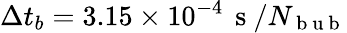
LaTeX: \Delta t_{b}=3.15\times 10^{-4}\, \mathrm{~s~}/N_{\mathrm{~b~u~b~}}